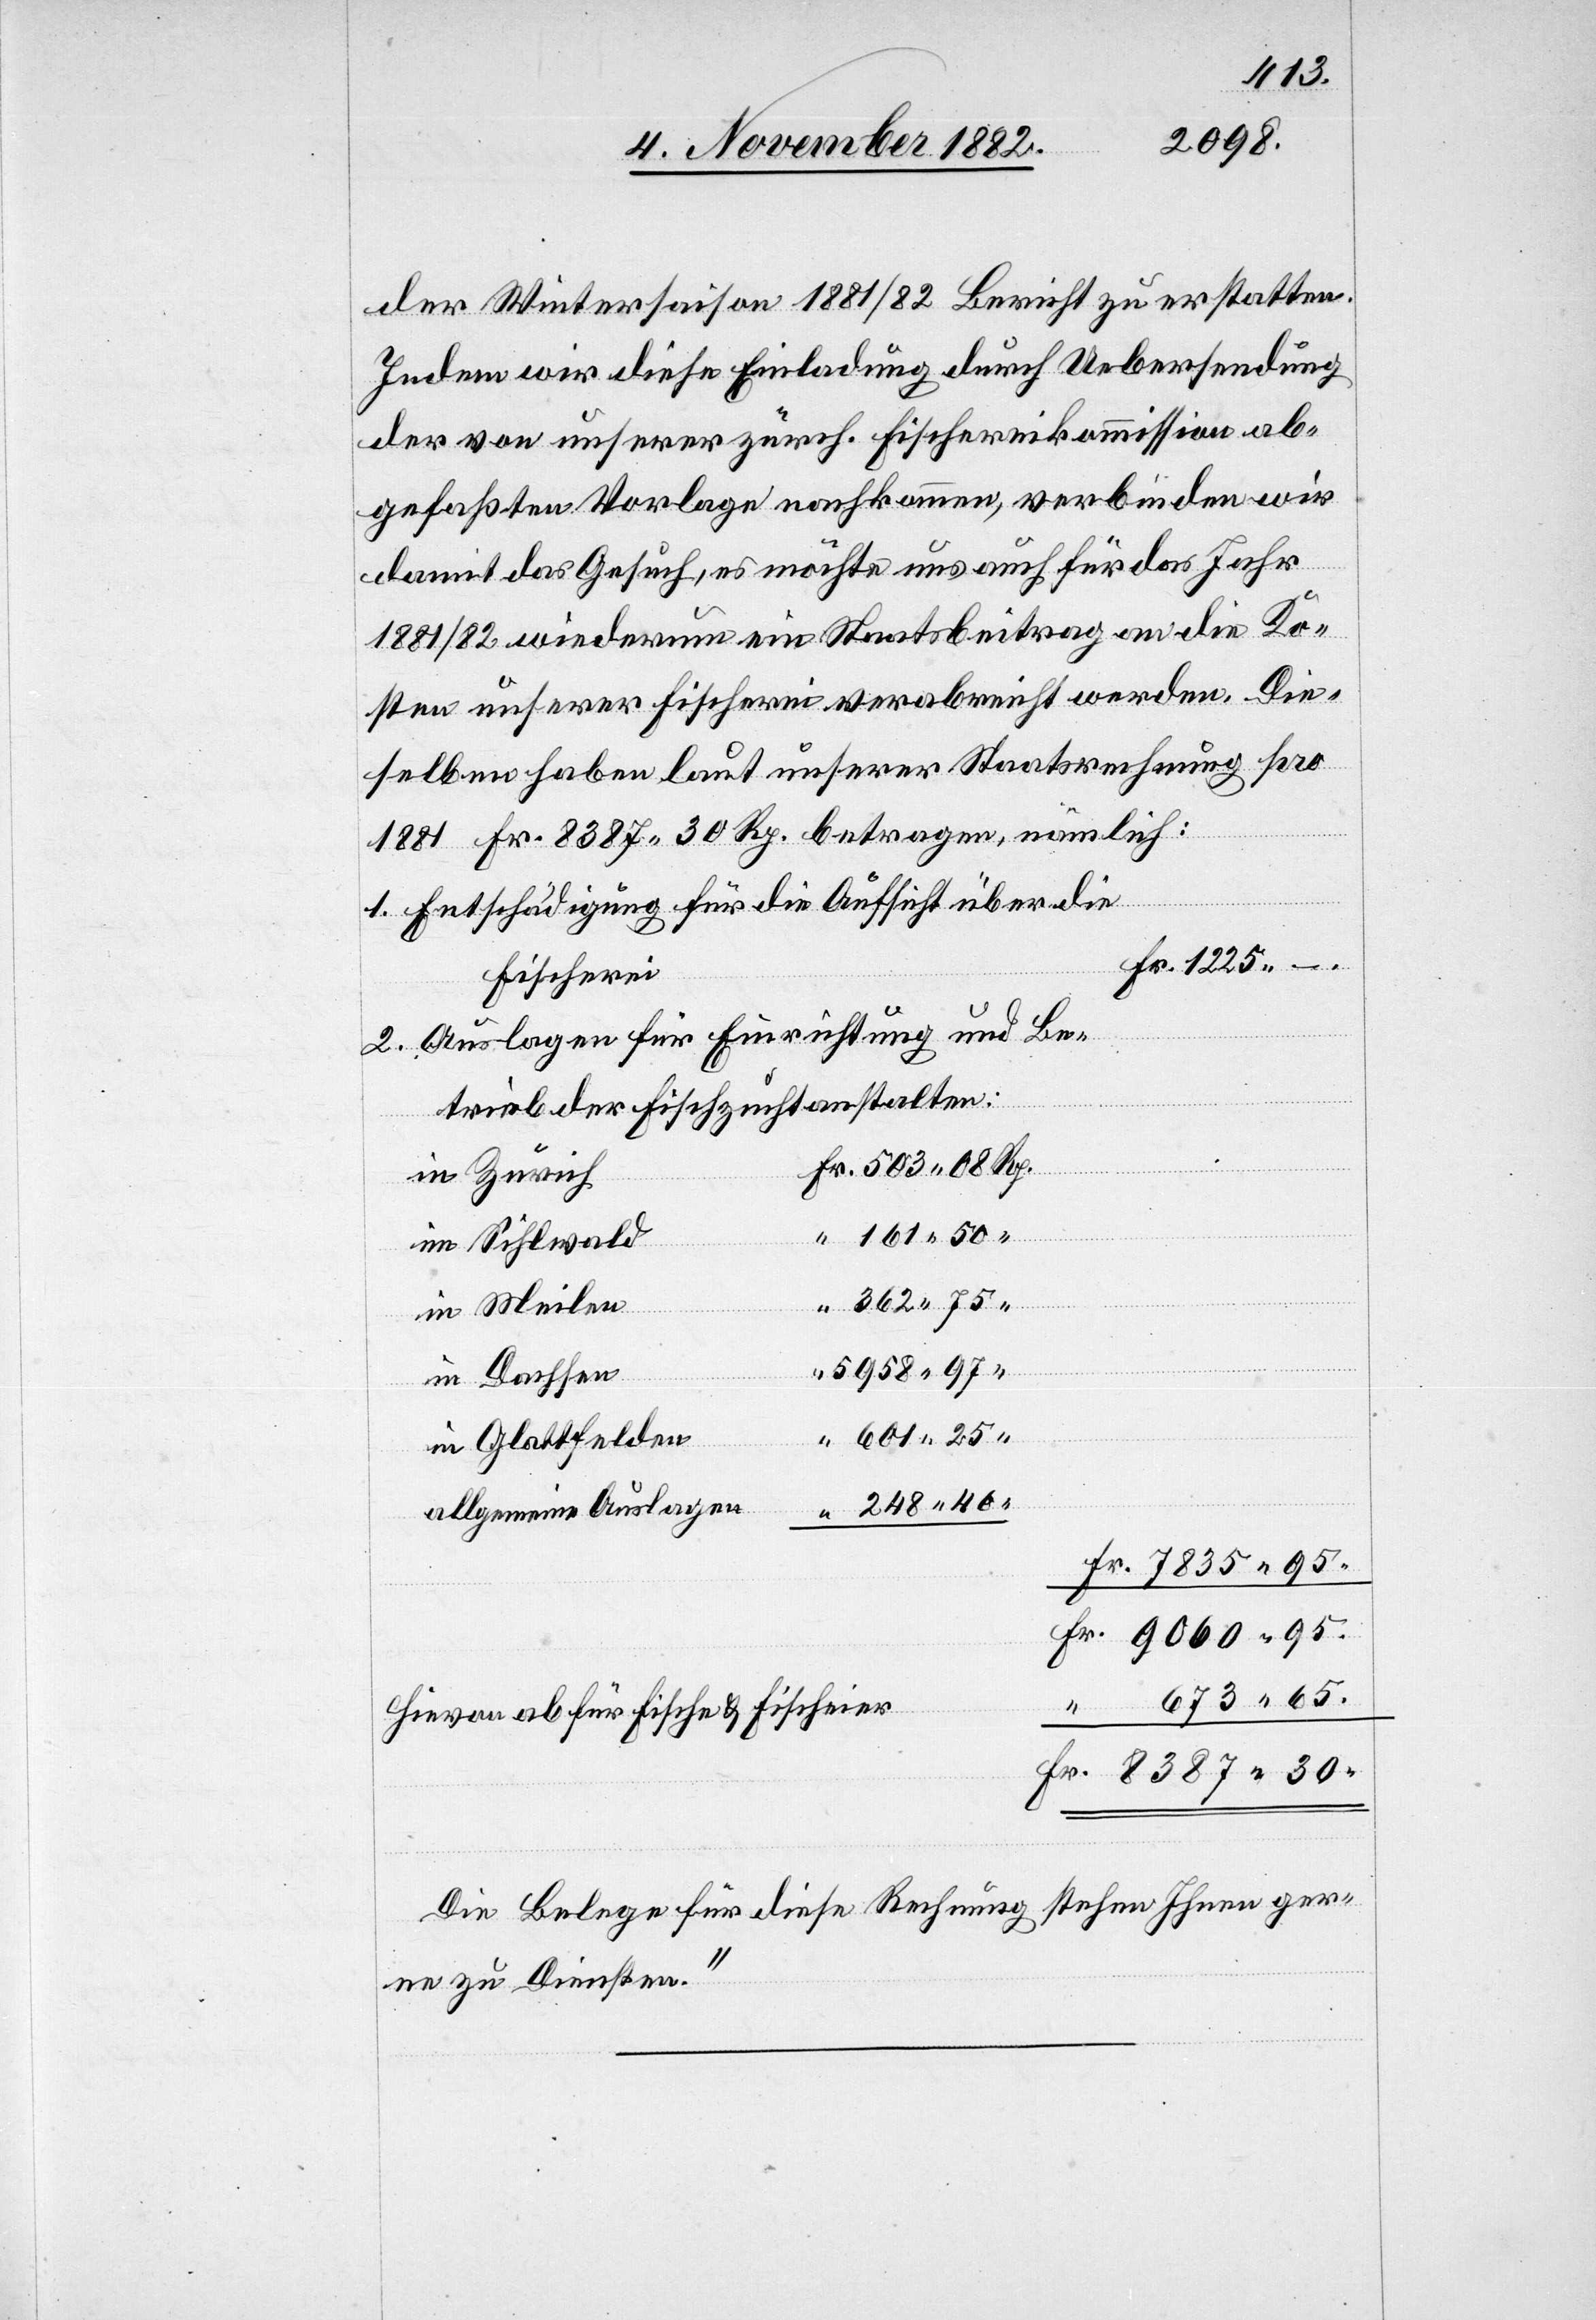
der Wintersaison 1881/82 Bericht zu erstatten.
der von unserer zürch. Fischereikommission ab¬
gefaßten Vorlage nachkommen, verbinden wir
damit das Gesuch, es möchte uns auch für das Jahr
1881/82 wiederum ein Staatsbeitrag an die Ko¬
sten unserer Fischerei verabreicht werden. Die¬
selben haben laut unserer Staatsrechnung pro
1881 Fr. 8387 30 Rp. betragen, nämlich:
Uebersendung
Entschädigung für die Aufsicht über die
Fischerei
30.
Auslagen für Einrichtung und Be¬
trieb der Fischzuchtanstalten:
in Zürich
im Sihlwald
Fr.
in Meilen
in Dachsen
in Glattfelden
allgemeine Auslagen
Hievon ab für Fische & Fischeier
Die Belege für diese Rechnung stehen Ihnen ger¬
ne zu Diensten.“